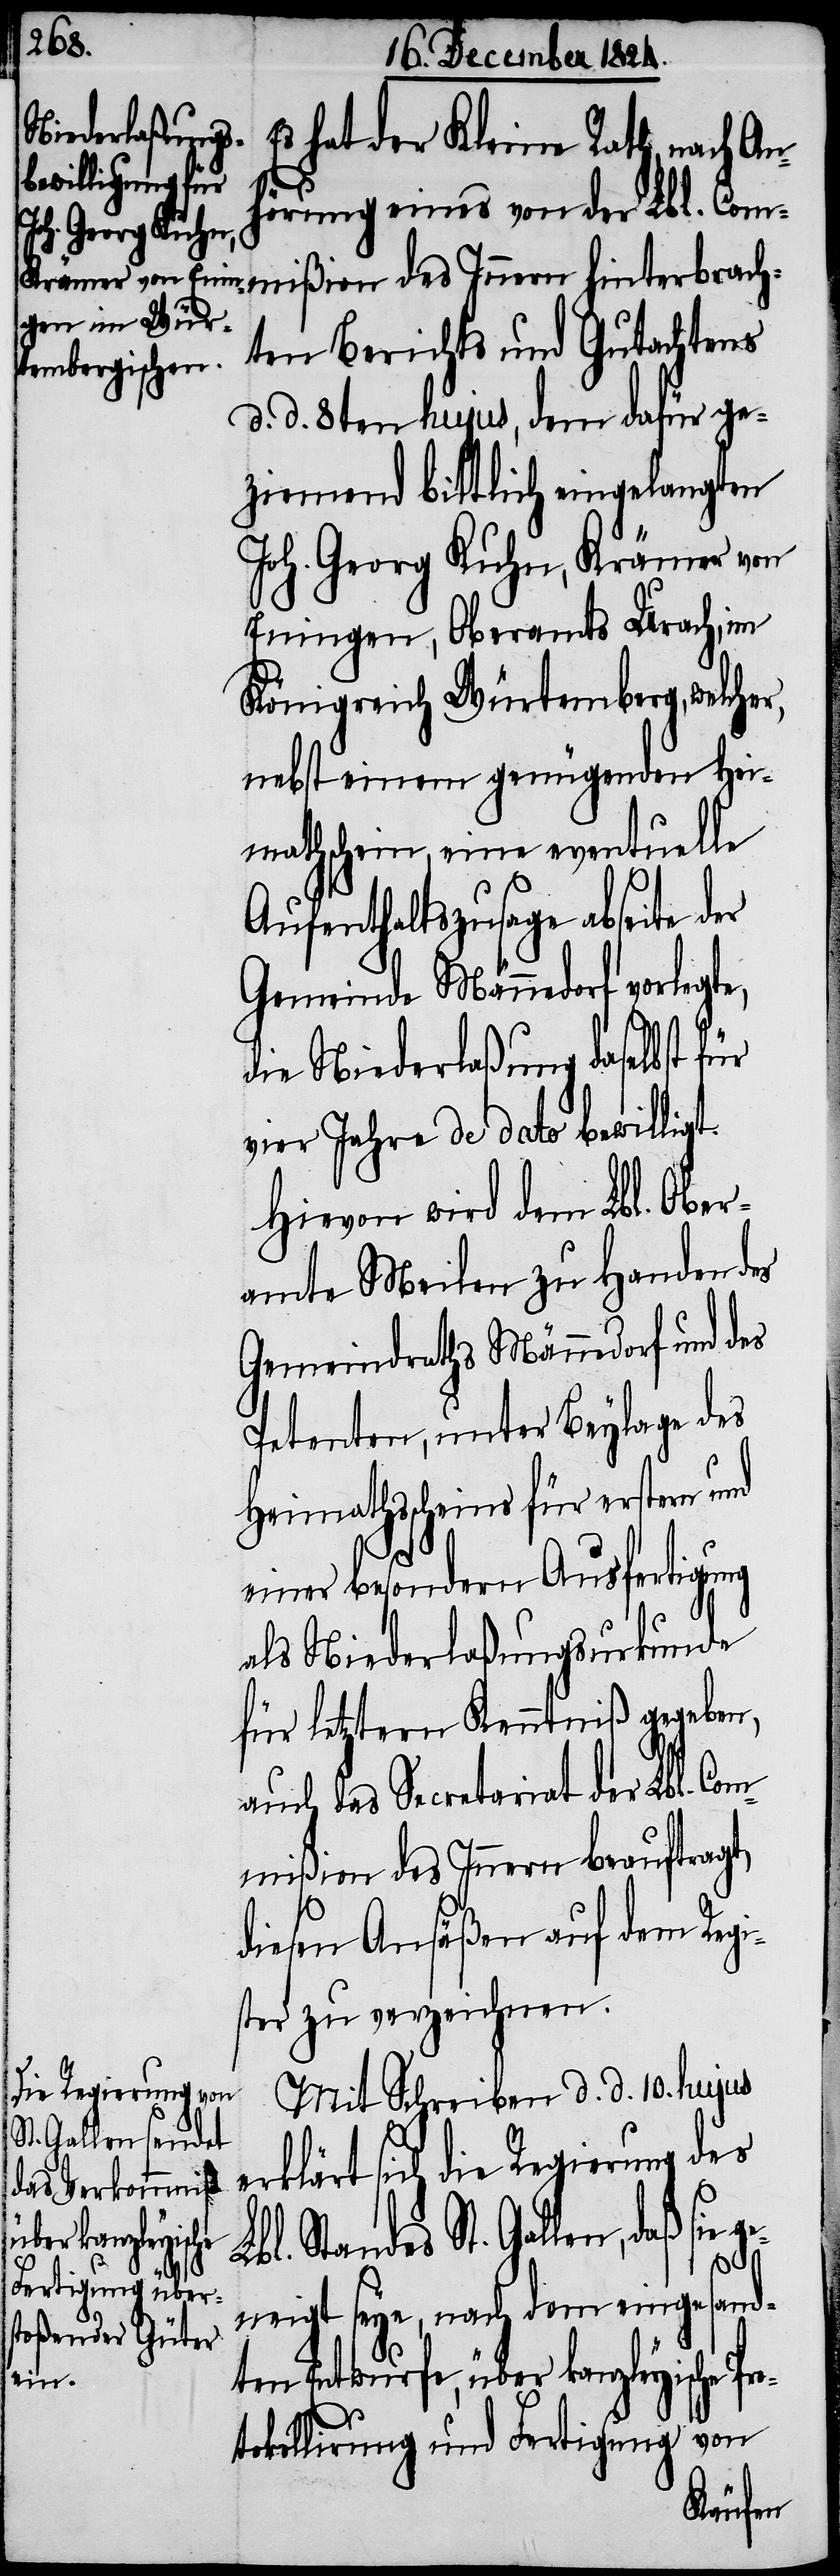
Es hat der Kleine Rath, nach An¬
hörung eines von der Lbl. Com¬
ten Berichts und Gutachtens
d. d. 8ten hujus, dem dafür ge¬
ziemend bittlich eingelangten
Joh. Georg Kuhn, Krämer von
Eningen, Oberamtes Urach, im
Königreich Würtemberg, welcher,
nebst einem genügenden Hei¬
mathschein eine eventuelle
Aufenthaltszusage abseite
Gemeinde Männedorf vorlegt¬
die Niederlaßung daselbst für
vier Jahre de dato bewilligt.
Hievon wird dem Lbl. Ober¬
amte Meilen zu Handen des
Gemeindraths Männedorf und des
Petenten, unter Beylage des
Heimathscheins für erstern und
einer besondern Ausfertigung
als Niederlaßungsurkunde
für letztern Kenntniß gegeben,
auch das Secretariat der Lbl. Co¬
mmißion des Innern beauftragt,
diesen Ansäßen auf dem Regi¬
ster zu verzeichnen.
Mit Schreiben d. d. 10. hujus
erklärt sich die Regierung des
bl. Standes St. Gallen, daß sie
Pro¬
neigt seye, nach dem eingesand¬
ten Entwurfe, über kanzleyische
tokollirung und Fertigung von